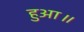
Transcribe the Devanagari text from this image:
हुआ॥